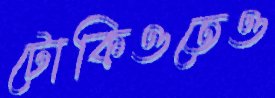
টোকিওতেও